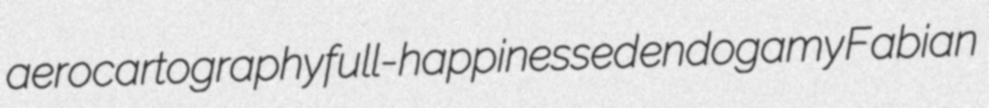
aerocartography full-happinessed endogamy Fabian